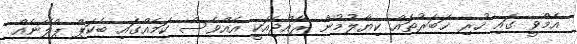
އެމްވީ ގައި ހުރި ޚަބަރުތައް ކިޔާލުމުން ރާއްޖެއަކީ އެއްވެސް ކަމެއްގައި ބެކަޕް ޕްލޭނެއް